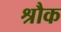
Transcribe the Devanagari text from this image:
श्रौक